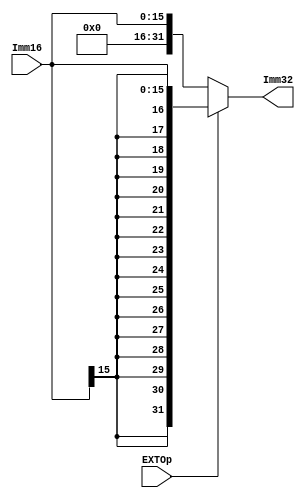
// op1 op00
module EXT( Imm16, EXTOp, Imm32 );
    
   input  [15:0] Imm16;
   input         EXTOp;
   output [31:0] Imm32;
   
   assign Imm32 = (EXTOp) ? {{16{Imm16[15]}}, Imm16} : {16'd0, Imm16}; // signed-extension or zero extension
       
endmodule

//8 
module EXT_8( Imm8, EXTOp, Imm32 );
    
   input  [7:0] Imm8;
   input         EXTOp;
   output [31:0] Imm32;
   
   assign Imm32 = (EXTOp) ? {{24{Imm8[7]}}, Imm8} : {24'd0, Imm8}; // signed-extension or zero extension
       
endmodule